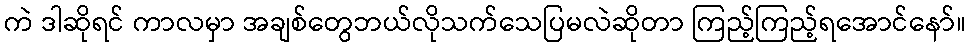
ကဲ ဒါဆိုရင် ကာလမှာ အချစ်တွေဘယ်လိုသက်သေပြမလဲဆိုတာ ကြည့်ကြည့်ရအောင်နော်။